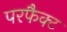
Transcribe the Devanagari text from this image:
परफैक्ट